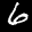
Label: 6